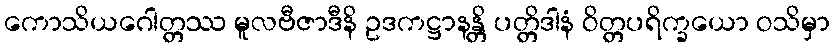
ကောသိယဂေါတ္တဿ မူလဗီဇာဒီနိ ဥဒကဋ္ဌာနန္တိ ပတ္တိဒါနံ ဝိတ္တပရိက္ခယော ဝသိမှာ